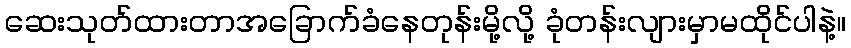
ဆေးသုတ်ထားတာအခြောက်ခံနေတုန်းမို့လို့ ခုံတန်းလျားမှာမထိုင်ပါနဲ့။